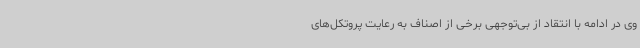
وی در ادامه با انتقاد از بی‌توجهی برخی از اصناف به رعایت پروتکل‌های